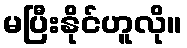
မပြီးနိုင်ဟူလို။